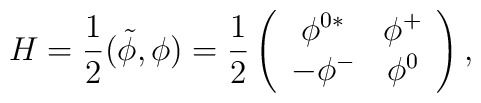
H=\frac{1}{2}(\tilde{ \phi}, \phi)=               \frac{1}{2}               \left(               \begin{array}{cc}                              \phi^{0*} & \phi^{+} \\                              -\phi^{-} & \phi^{0}               \end{array}               \right),